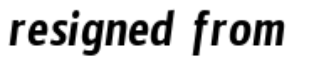
resigned from